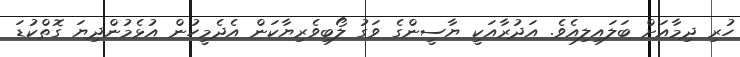
ހުރި ދިމާއަށް ބަލައިލިއެވެ. އަދުރާއަކީ ޔާސީންގެ ވަގު ލޯބިވެރިޔާކަން އެދެމީހުން އުޅެމުންދިޔަ ގޮތްކުޑަ